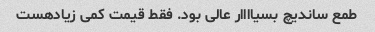
طمع ساندیچ بسیاااار عالی بود. فقط قیمت کمی زیادهست